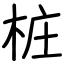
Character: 桩